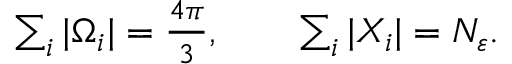
\begin{array} { r } { \sum _ { i } | \Omega _ { i } | = \frac { 4 \pi } { 3 } , \qquad \sum _ { i } | X _ { i } | = N _ { \varepsilon } . } \end{array}